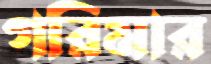
গরিমার